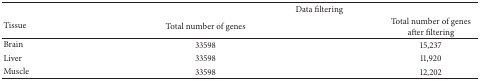
<table><thead><tr><td><b> </b></td><td colspan="2"><b>Data filtering</b></td></tr><tr><td><b>Tissue</b></td><td><b>Total number of genes</b></td><td><b>Total number of genes after filtering</b></td></tr></thead><tbody><tr><td>Brain</td><td>33598</td><td>15,237</td></tr><tr><td>Liver</td><td>33598</td><td>11,920</td></tr><tr><td>Muscle</td><td>33598</td><td>12,202</td></tr></tbody></table>